Madras plague regulations and rules - Volume 2
Disease focus: Plague
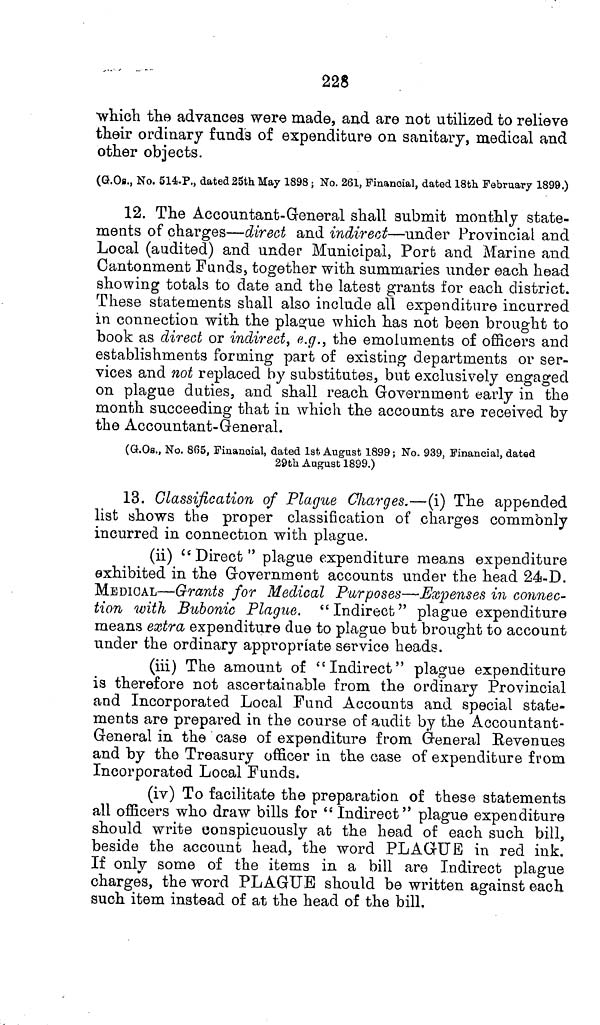
228
which the advances were made, and are not utilized to relieve
their ordinary funds of expenditure on sanitary, medical and
other objects.
(G.Os., No. 514-P., dated 25th May 1898; No. 261, Financial, dated 18th February 1899.)
12. The Accountant-General shall submit monthly state-
ments of charges—direct and indirect—under Provincial and
Local (audited) and under Municipal, Port and Marine and
Cantonment Funds, together with summaries under each head
showing totals to date and the latest grants for each district.
These statements shall also include all expenditure incurred
in connection with the plague which has not been brought to
book as direct or indirect, e.g., the emoluments of officers and
establishments forming part of existing departments or ser-
vices and not replaced by substitutes, but exclusively engaged
on plague duties, and shall reach Government early in the
month succeeding that in which the accounts are received by
the Accountant-General.
(G.Os., No. 865, Financial, dated 1st. August 1899; No. 939, Financial, dated
29th August 1899.)
13. Classification of Plague Charges.—(i) The appended
list shows the proper classification of charges commonly
incurred in connection with plague.
(ii) "Direct" plague expenditure means expenditure
exhibited in the Government accounts under the head 24-D.
MEDICAL—Grants for Medical Purposes—Expenses in connec-
tion with Bubonic Plague. "Indirect" plague expenditure
means extra expenditure due to plague but brought to account
under the ordinary appropriate service heads.
(iii) The amount of "Indirect" plague expenditure
is therefore not ascertainable from the ordinary Provincial
and Incorporated Local Fund Accounts and special state-
ments are prepared in the course of audit by the Accountant-
General in the case of expenditure from General Revenues
and by the Treasury officer in the case of expenditure from
Incorporated Local Funds.
(iv) To facilitate the preparation of these statements
all officers who draw bills for " Indirect" plague expenditure
should write conspicuously at the head of each such bill,
beside the account head, the word PLAGUE in red ink.
If only some of the items in a bill are Indirect plague
charges, the word PLAGUE should be written against each
such item instead of at the head of the bill.